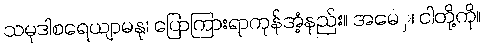
သမုဒါစရေယျာမနု၊ ပြောကြားရာကုန်အံ့နည်း။ အမေှ၊ ငါတို့ကို။